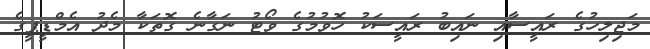
މަޖިލިހުގެ ރައީސާއި ނައިބު ރައީސަކު ހޮވުމުގެ ވޯޓު ނަގާނެ ގޮތަކާ މެދު އެމްޑީޕީގެ